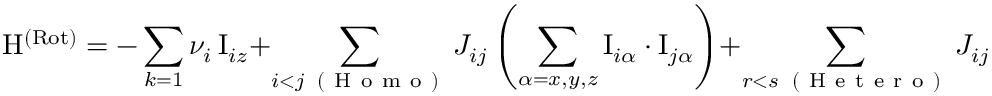
\mathrm { H } ^ { \mathrm { ( R o t ) } } = - \sum _ { k = 1 } \nu _ { i } \, \mathrm { I } _ { i z } + \sum _ { \substack { i < j \, \mathrm { ~ ( ~ H ~ o ~ m ~ o ~ ) ~ } } } J _ { i j } \left( \sum _ { \alpha = x , y , z } \mathrm { I } _ { i \alpha } \cdot \mathrm { I } _ { j \alpha } \right) + \sum _ { \substack { r < s \, \mathrm { ~ ( ~ H ~ e ~ t ~ e ~ r ~ o ~ ) ~ } } } J _ { i j } \left( \sum _ { \alpha = x , y , z } \mathrm { I } _ { i \alpha } \cdot \mathrm { I } _ { j \alpha } \right) .